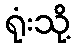
ရုံးသို့